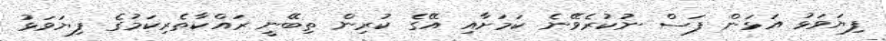
ފިޔަވަޅު އަޅަން ފަސް ނުކުރެވޭނެ ކަމަށާއި އޭގެ ކުރިން ތިބޭނީ ރައްކާތެރިކަމުގެ ފިޔަވަޅު